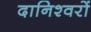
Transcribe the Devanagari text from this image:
दानिश्वरों